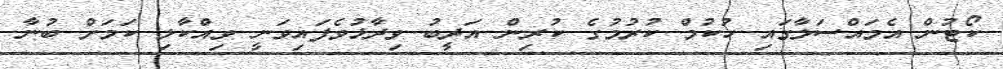
ކޯޓުން އެމައްސަލާގައި ހުކުމް ކުރުމުގެ ކުރިން އަދީބު ވިދާޅުވެފައިވަނީ ވިއްކާލި ކަމަށް ބުނާ